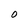
Character: O